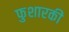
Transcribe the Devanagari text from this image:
फुशारकी